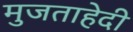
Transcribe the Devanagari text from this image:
मुजताहेदी